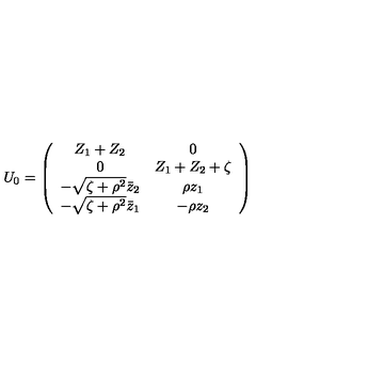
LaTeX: U _ { 0 } = \left( \begin{array} { c c } { Z _ { 1 } + Z _ { 2 } } & { 0 } \\ { 0 } & { Z _ { 1 } + Z _ { 2 } + \zeta } \\ { - \sqrt { \zeta + \rho ^ { 2 } } \bar { z } _ { 2 } } & { \rho z _ { 1 } } \\ { - \sqrt { \zeta + \rho ^ { 2 } } \bar { z } _ { 1 } } & { - \rho z _ { 2 } } \\ \end{array} \right)